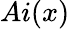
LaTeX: Ai(x)